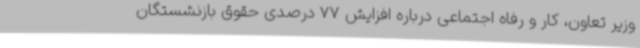
وزیر تعاون، کار و رفاه اجتماعی درباره افزایش 77 درصدی حقوق بازنشستگان